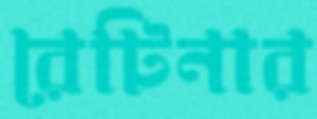
রেটিনার